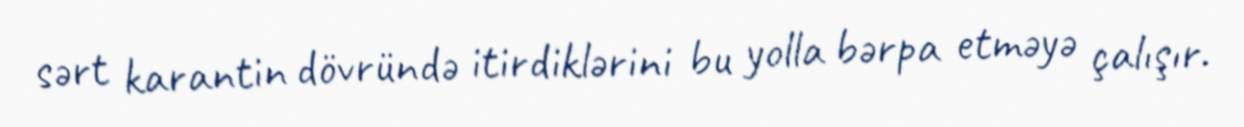
sərt karantin dövründə itirdiklərini bu yolla bərpa etməyə çalışır.